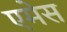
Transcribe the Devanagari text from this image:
एमेस